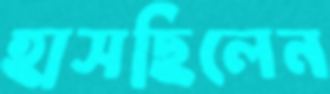
হাসছিলেন